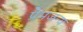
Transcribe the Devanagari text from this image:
प्रेमजन्य